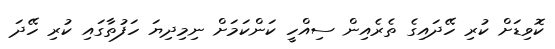
ކޮވިޑަށް ކުރި ހޭދައިގެ ތެރެއިން ސިއްހީ ކަންކަމަށް ނިމިދިޔަ ހަފުތާގައި ކުރި ހޭދަ